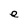
Character: e